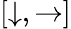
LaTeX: [\downarrow,\rightarrow]